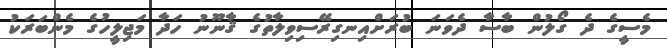
މެސީގެ ދެ ގޯލުން ބާސާ ދެވަނަ ބުރަށްއިނގިރޭސިވިލާތުގެ ޤާނޫނު ހަދާ މަޖިލީހުގެ މެންބަރަކު